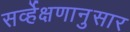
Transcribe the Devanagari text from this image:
सर्व्हेक्षणानुसार